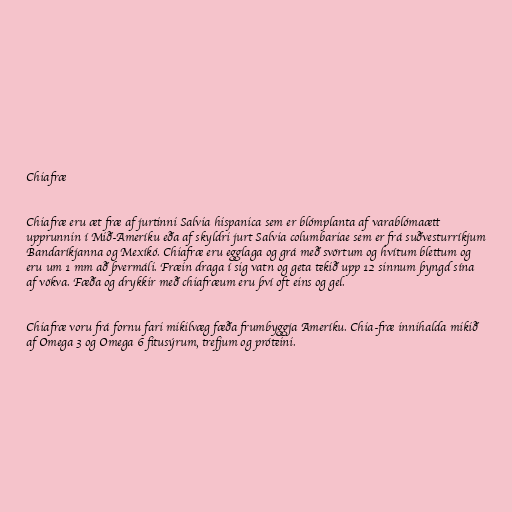
Chiafræ

Chiafræ eru æt fræ af jurtinni Salvia hispanica sem er blómplanta af varablómaætt
upprunnin í Mið-Ameríku eða af skyldri jurt Salvia columbariae sem er frá suðvesturríkjum
Bandaríkjanna og Mexíkó. Chiafræ eru egglaga og grá með svörtum og hvítum blettum og
eru um 1 mm að þvermáli. Fræin draga í sig vatn og geta tekið upp 12 sinnum þyngd sína
af vökva. Fæða og drykkir með chiafræum eru því oft eins og gel.

Chiafræ voru frá fornu fari mikilvæg fæða frumbyggja Ameríku. Chia-fræ innihalda mikið
af Omega 3 og Omega 6 fitusýrum, trefjum og próteini.